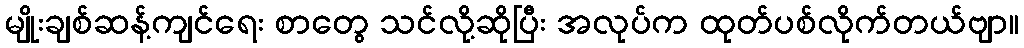
မျိုးချစ်ဆန့်ကျင်ရေး စာတွေ သင်လို့ဆိုပြီး အလုပ်က ထုတ်ပစ်လိုက်တယ်ဗျာ။